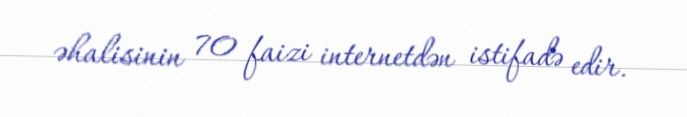
əhalisinin 70 faizi internetdən istifadə edir.